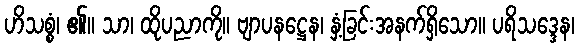
ဟိသစ္စံ၊ ၏။ သာ၊ ထိုပညာကို။ ဗျာပနဋ္ဌေန၊ နှံ့ခြင်းအနက်ရှိသော။ ပရိသဒ္ဒေန၊